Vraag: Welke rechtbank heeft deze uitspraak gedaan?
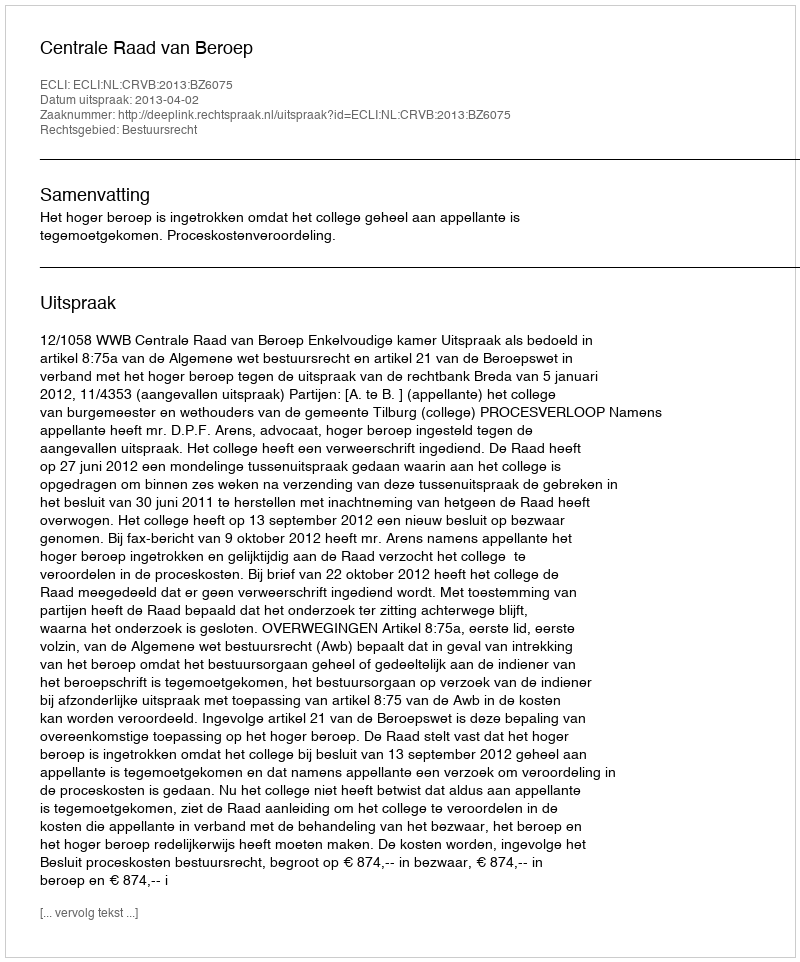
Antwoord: Centrale Raad van Beroep